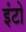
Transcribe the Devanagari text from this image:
इंटो